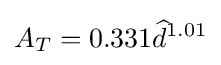
A_{T}=0.331{\widehat {d}}^{1.01}